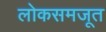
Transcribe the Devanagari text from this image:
लोकसमजूत